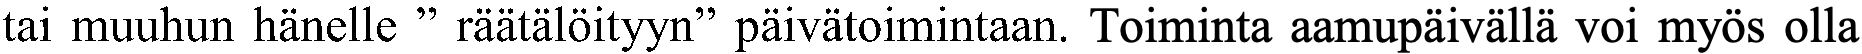
tai muuhun hänelle ” räätälöityyn” päivätoimintaan. Toiminta aamupäivällä voi myös olla